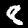
Label: 8